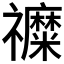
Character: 𮂦